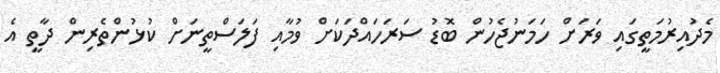
މެދުއިރުމަތީގައި ވަރަށް ހަމަނުޖެހުން ބޮޑު ސަރަހައްދަކަށް ވުމާއި ފަލަސްތީނަށް ކުޅުންތެރިން ދާތީ އެ